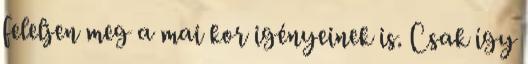
feleljen meg a mai kor igényeinek is. Csak így